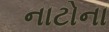
નાટોના